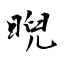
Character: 晲